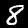
Digit: 8